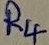
Text: R4